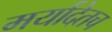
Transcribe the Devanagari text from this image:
मर्यादेतच